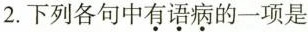
2.下列各句中\underset{·}{有}\underset{·}{语}\underset{·}{病}的一项是